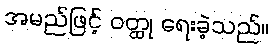
အမည်ဖြင့် ဝတ္ထု ရေးခဲ့သည်။